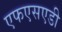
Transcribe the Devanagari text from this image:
एफएसएडी